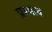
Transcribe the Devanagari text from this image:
प्रस्थाव